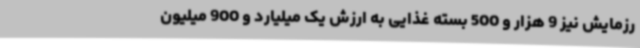
رزمایش نیز 9 هزار و 500 بسته غذایی به ارزش یک میلیارد و 900 میلیون